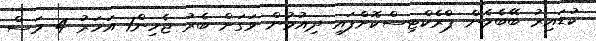
ކުޑައިރު ބޭބެމެން ޕްރެކްޓިސްކޮށްފައި ދިއުމުން ވަގަށް ބެރު ޖެހިން1 އަހަރު 4 މަސް